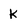
Character: k